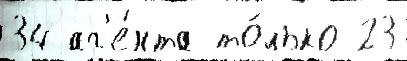
34 аг'е́нта то́лько 23